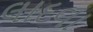
લાદવા